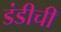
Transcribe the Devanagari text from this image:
डंडीची